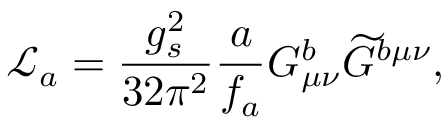
\mathcal { L } _ { a } = \frac { g _ { s } ^ { 2 } } { 3 2 \pi ^ { 2 } } \frac { a } { f _ { a } } G _ { \mu \nu } ^ { b } \widetilde { G } ^ { b \mu \nu } ,